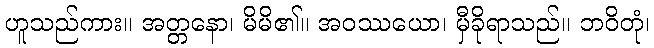
ဟူသည်ကား။ အတ္တနော၊ မိမိ၏။ အဝဿယော၊ မှီခိုရာသည်။ ဘဝိတုံ၊